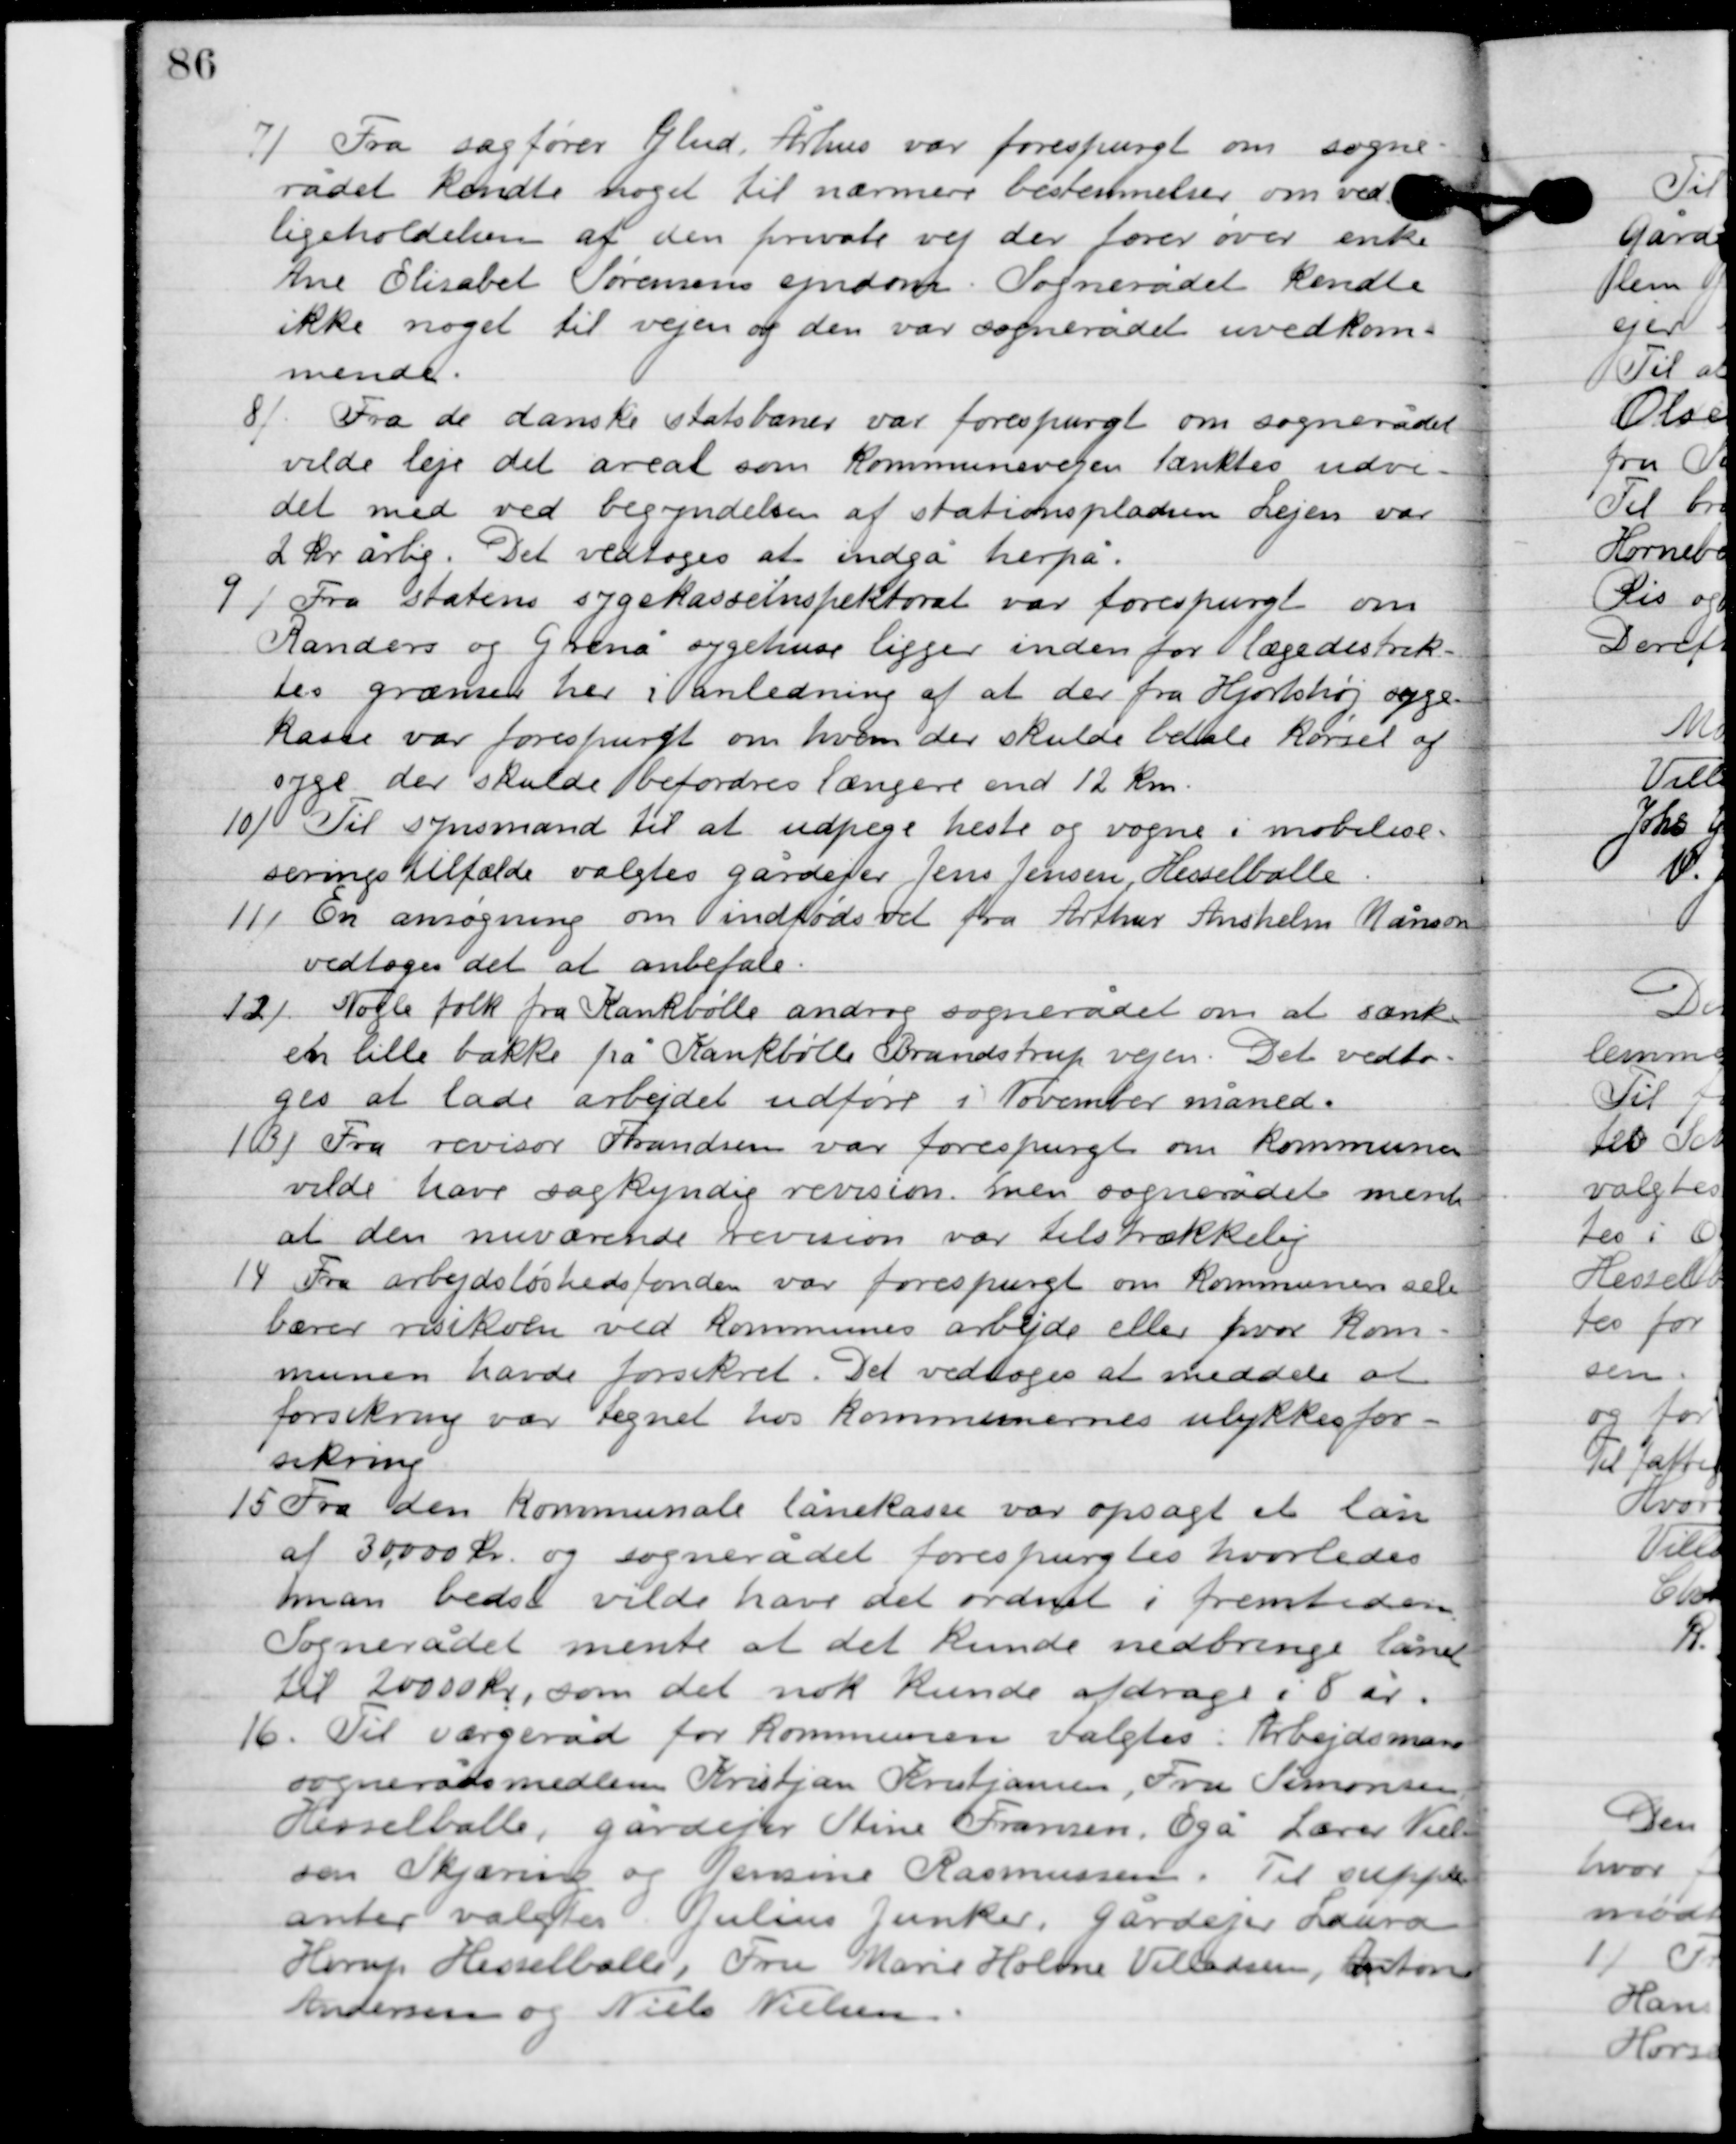
Transskription:
7

Fra sagfører Glud, Århus var forespurgt om sogne-
rådet kendte noget til nærmere bestemmelser om ved-
ligeholdelsen af den private vej der fører over enke
Ane Elisabet Sørensens ejendom. Sognerådet kendte
ikke noget til vejen og én var sognerådet uvedkom-
mende.

8

Fra de danske statsbaner var forespurgt om sognerådet
vilde leje det areal som kommunevejen tænktes udvi-
det med ved begyndelsen af stationspladsen. Lejen var
2 kr. årlig. det vedtoges at indgå herpå.

9

Fra statens sygekasseinspektorat var forespurgt om
Randers og Grenå sygehus ligger inden for lægedistrik-
tes grænser her i anledning af at der fra Hjortshøj syge-
kasse var forespurgt om hvem der skulde betale kørsel af
syge der skulde beordres længere end 12 km.

10

Til synsmænd til at udpege heste og vogne i mobilise-
 serings tilfælde valgtes gårdejer Jens Jensen Hesselballe.

11

En ansøgning om indfødsret fra Arthur Anshelm Månson
vedtoges det at anbefale.

12

Nogle folk fra Kankbølle androg sognerådet om at sænke
en lille bakke på Kankbølle Brandstrup vejen. Det vedto-
ges at lade arbejdet udføre i November måned.

13

Fra revisor Frandsens var forespurgt om kommunen
vilde have sagkyndig revision, men sognerådet mente
at den nuværende revision var tilstrækkelig.

14

Fra arbejdsløshedsfonden var forespurgt om kommunens selv
 bærer risikoen ved kommunens arbejde eller hvor kom-
munen havde forsikret. Det vedtoges at meddele at
forsikring var tegnet hos kommunernes ulykkesfor-
sikring.

15

Fra den kommunale lånekasse var opsagt et lån
af 30.000 kr. og sognerådet forespurgtes hvorledes
man bedst vilde have det ordnet i fremtiden.
Sognerådet mente at det kunde nedbringe lånet
til 20.000 kr., som det nok kunde afdrage i 8 år.

16.

Til værgeråd for kommunen valgtes Arbejdsmand
sognerådsmedlem Kristjan Kristjansen, fru Simonsen,
Hesselballe, gårdejer Stine Frandsen, Egå, lærer Niel-
sen Skjæring og Jensine Rasmussen. Til supple-
anter valgtes Jensine Junker, gårdejer Laura
Herup Hesselballe, Fru Marie Holme Villadsen, Anton
Andersen og Niels Nielsen.